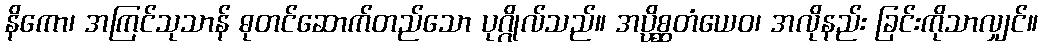
နိကော၊ အကြင်သုသာန် ဓုတင်ဆောက်တည်သော ပုဂ္ဂိုလ်သည်။ အပ္ပိစ္ဆတံယေဝ၊ အလိုနည်း ခြင်းကိုသာလျှင်။